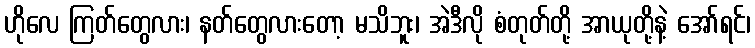
ဟိုလေ ကြတ်တွေလား၊ နတ်တွေလားတော့ မသိဘူး၊ အဲဒီလို စံတုတ်တို့ အာယုတို့နဲ့ အော်ရင်၊